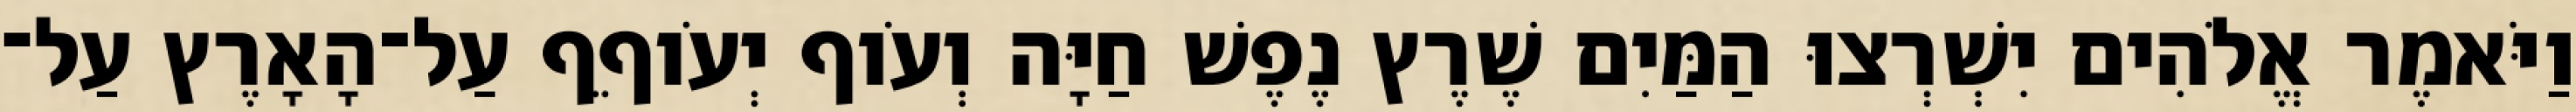
וַיֹּאמֶר אֱלֹהִים יִשְׁרְצוּ הַמַּיִם שֶׁרֶץ נֶפֶשׁ חַיָּה וְעֹוף יְעֹוףֵף עַל־הָאָרֶץ עַל־